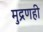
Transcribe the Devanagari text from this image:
मुद्रणही